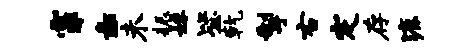
霏彘未耨妹毖乾掣右定存漉